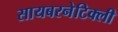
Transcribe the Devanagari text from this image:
सायबरनेटिक्ली